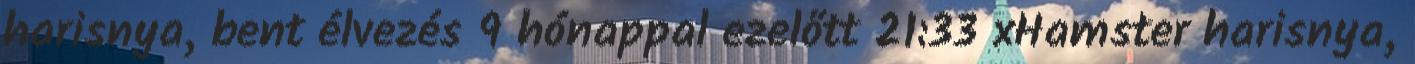
harisnya, bent élvezés 9 hónappal ezelőtt 21:33 xHamster harisnya,